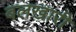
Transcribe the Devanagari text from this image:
बलखारी